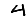
Digit: 4